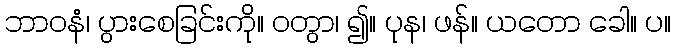
ဘာဝနံ၊ ပွားစေခြင်းကို။ ဝတွာ၊ ၍။ ပုန၊ ဖန်။ ယတော ခေါ။ ပ။